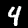
Digit: 4